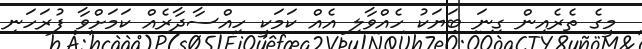
މީގެ ތެރެއިން ގިނަ ބަޔަކު ހެއްވާލި އެއް ކަމަކީ ހިއްސާދާރެއް ކަމަށްވާ ފުރަހަނި